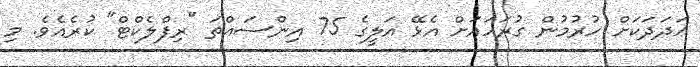
ޢަދަދަކަށް ހުރުމުން ގުރަހައަށް އެޅޭ އަލީގެ 75 އިންސައްތަ "ރިފްލެކްޓް" ކުރެއެވެ. މި